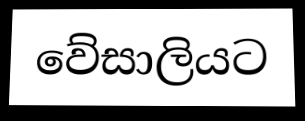
වේසාලියට